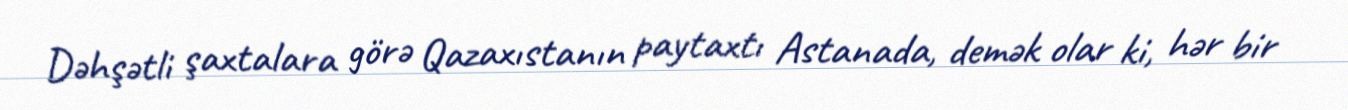
Dəhşətli şaxtalara görə Qazaxıstanın paytaxtı Astanada, demək olar ki, hər bir